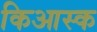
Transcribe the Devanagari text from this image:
किआस्क